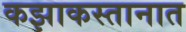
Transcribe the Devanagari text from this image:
कझाकस्तानात